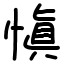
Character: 愼